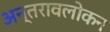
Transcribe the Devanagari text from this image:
अन्तरावलोकन